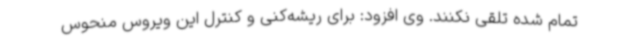
تمام شده تلقی نکنند. وی افزود: برای ریشه‌کنی و کنترل این ویروس منحوس